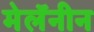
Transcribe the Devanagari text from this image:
मेलॅनीन